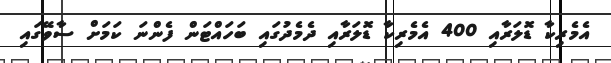
އެމެރިކާ ޑޮލަރާއި 400 އެމެރިކާ ޑޮލަރާއި ދެމެދުގައި ބަހައްޓަން ފެންނަ ކަމަށް ސާވޭގައި